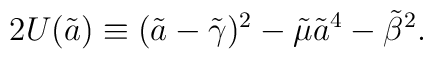
2U(\tilde a) \equiv (\tilde a-{\tilde \gamma})^2 -\tilde \mu {\tilde a}^4 - {\tilde \beta}^2.